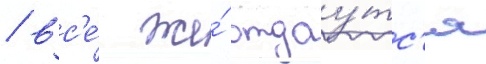
/ вс'е́ же́ отдау́тс'я